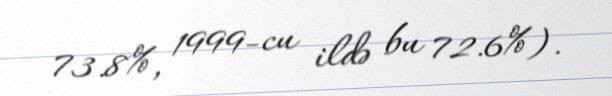
73.8%, 1999-cu ildə bu 72.6%).